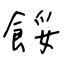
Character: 餒